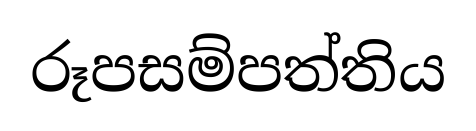
රූපසම්පත්තිය